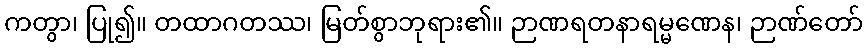
ကတွာ၊ ပြု၍။ တထာဂတဿ၊ မြတ်စွာဘုရား၏။ ဉာဏရတနာရမ္မဏေန၊ ဉာဏ်တော်